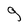
Character: g